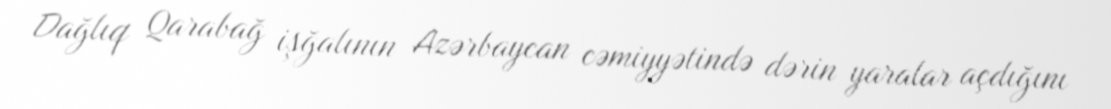
Dağlıq Qarabağ işğalının Azərbaycan cəmiyyətində dərin yaralar açdığını